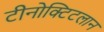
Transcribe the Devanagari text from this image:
टीनोक्टिटलान